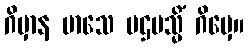
ဂိမှာန မာသေ ပဌမသ္မိံ ဂိမှေ။